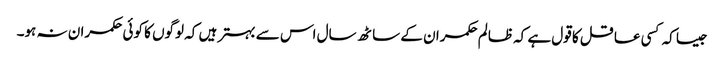
جیسا کہ کسی عاقل کا قول ہے کہ ظالم حکمران کے ساٹھ سال اس سے بہتر ہیں کہ لوگوں کا کوئی حکمران نہ ہو۔